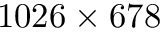
1 0 2 6 \times 6 7 8